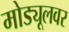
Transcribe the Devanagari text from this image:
मोड्यूलवर